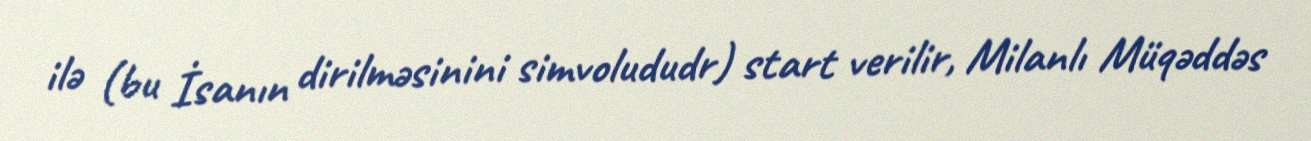
ilə (bu İsanın dirilməsinini simvolududr) start verilir, Milanlı Müqəddəs